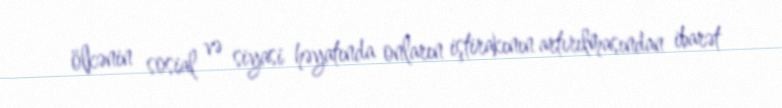
ölkənin sosial və siyasi həyatında onların iştirakının artırılmasından ibarət